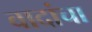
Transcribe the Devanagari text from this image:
वादांचा